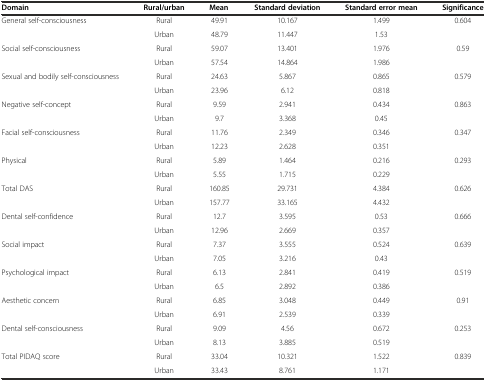
<table><thead><tr><td><b>Domain</b></td><td><b>Rural/urban</b></td><td><b>Mean</b></td><td><b>Standard deviation</b></td><td><b>Standard error mean</b></td><td><b>Significance</b></td></tr></thead><tbody><tr><td rowspan="2">General self-consciousness</td><td>Rural</td><td>49.91</td><td>10.167</td><td>1.499</td><td rowspan="2">0.604</td></tr><tr><td>Urban</td><td>48.79</td><td>11.447</td><td>1.53</td></tr><tr><td rowspan="2">Social self-consciousness</td><td>Rural</td><td>59.07</td><td>13.401</td><td>1.976</td><td rowspan="2">0.59</td></tr><tr><td>Urban</td><td>57.54</td><td>14.864</td><td>1.986</td></tr><tr><td rowspan="2">Sexual and bodily self-consciousness</td><td>Rural</td><td>24.63</td><td>5.867</td><td>0.865</td><td rowspan="2">0.579</td></tr><tr><td>Urban</td><td>23.96</td><td>6.12</td><td>0.818</td></tr><tr><td rowspan="2">Negative self-concept</td><td>Rural</td><td>9.59</td><td>2.941</td><td>0.434</td><td rowspan="2">0.863</td></tr><tr><td>Urban</td><td>9.7</td><td>3.368</td><td>0.45</td></tr><tr><td rowspan="2">Facial self-consciousness</td><td>Rural</td><td>11.76</td><td>2.349</td><td>0.346</td><td rowspan="2">0.347</td></tr><tr><td>Urban</td><td>12.23</td><td>2.628</td><td>0.351</td></tr><tr><td rowspan="2">Physical</td><td>Rural</td><td>5.89</td><td>1.464</td><td>0.216</td><td rowspan="2">0.293</td></tr><tr><td>Urban</td><td>5.55</td><td>1.715</td><td>0.229</td></tr><tr><td rowspan="2">Total DAS</td><td>Rural</td><td>160.85</td><td>29.731</td><td>4.384</td><td rowspan="2">0.626</td></tr><tr><td>Urban</td><td>157.77</td><td>33.165</td><td>4.432</td></tr><tr><td rowspan="2">Dental self-confidence</td><td>Rural</td><td>12.7</td><td>3.595</td><td>0.53</td><td rowspan="2">0.666</td></tr><tr><td>Urban</td><td>12.96</td><td>2.669</td><td>0.357</td></tr><tr><td rowspan="2">Social impact</td><td>Rural</td><td>7.37</td><td>3.555</td><td>0.524</td><td rowspan="2">0.639</td></tr><tr><td>Urban</td><td>7.05</td><td>3.216</td><td>0.43</td></tr><tr><td rowspan="2">Psychological impact</td><td>Rural</td><td>6.13</td><td>2.841</td><td>0.419</td><td rowspan="2">0.519</td></tr><tr><td>Urban</td><td>6.5</td><td>2.892</td><td>0.386</td></tr><tr><td rowspan="2">Aesthetic concern</td><td>Rural</td><td>6.85</td><td>3.048</td><td>0.449</td><td rowspan="2">0.91</td></tr><tr><td>Urban</td><td>6.91</td><td>2.539</td><td>0.339</td></tr><tr><td rowspan="2">Dental self-consciousness</td><td>Rural</td><td>9.09</td><td>4.56</td><td>0.672</td><td rowspan="2">0.253</td></tr><tr><td>Urban</td><td>8.13</td><td>3.885</td><td>0.519</td></tr><tr><td rowspan="2">Total PIDAQ score</td><td>Rural</td><td>33.04</td><td>10.321</td><td>1.522</td><td rowspan="2">0.839</td></tr><tr><td>Urban</td><td>33.43</td><td>8.761</td><td>1.171</td></tr></tbody></table>